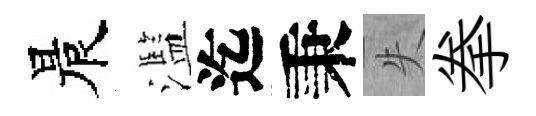
晨濫迄秉失拳